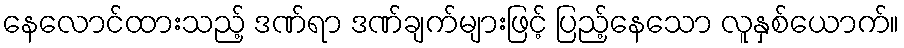
နေလောင်ထားသည့် ဒဏ်ရာ ဒဏ်ချက်များဖြင့် ပြည့်နေသော လူနှစ်ယောက်။